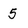
Character: 5